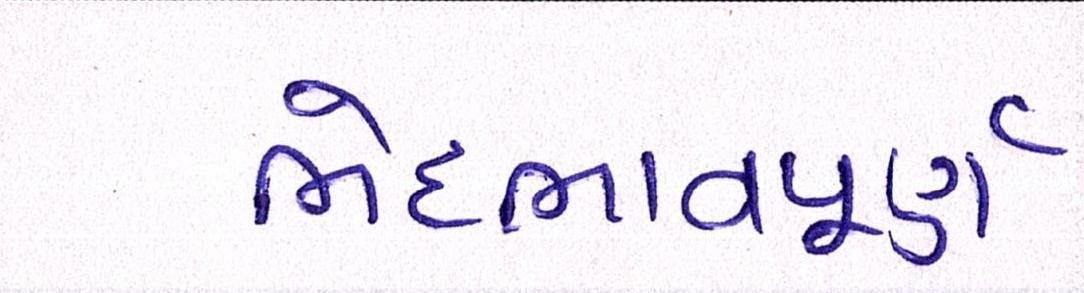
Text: ભેદભાવપૂર્ણ